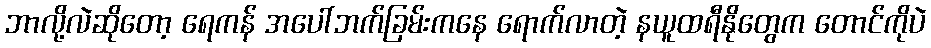
ဘာလို့လဲဆိုတော့ ရေကန် အပေါ်ဘက်ခြမ်းကနေ ရောက်လာတဲ့ နယူထရီနိုတွေက တောင်ကိုပဲ